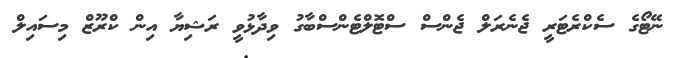
ނޭޓޯގެ ސެކްރެޓަރީ ޖެނެރަލް ޖެންސް ސްޓޮލްޓެންސްބާގު ވިދާޅުވީ ރަޝިޔާ އިން ކްރޫޒް މިސައިލް